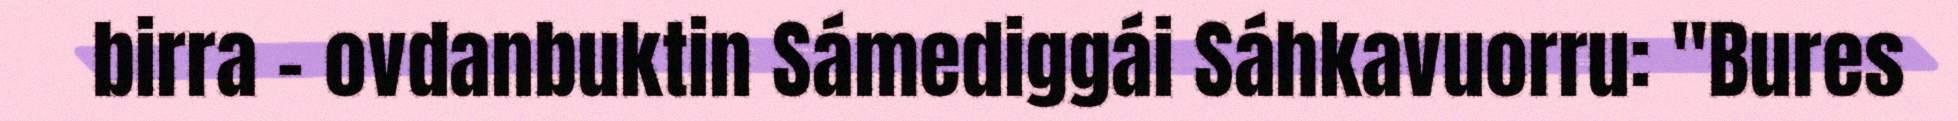
birra - ovdanbuktin Sámediggái Sáhkavuorru: "Bures